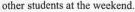
other students at the weekend.